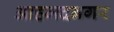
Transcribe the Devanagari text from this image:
आहमदनगर